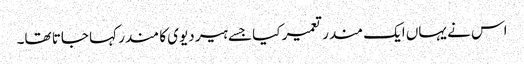
اس نے یہاں ایک مندر تعمیر کیا جسے ہیر دیوی کا مندر کہا جاتا تھا۔